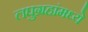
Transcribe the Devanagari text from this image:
लघुग्रहांमध्ये